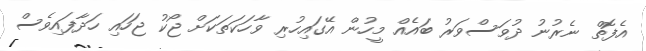
އެފޮތް ނެރުނު ދުވަސްވަރު ބައެއް މީހުން އޭގައިހުރި ވާހަކަތަކަށް ޖޯކު ޖަހައި ހަދާފައިވެސް